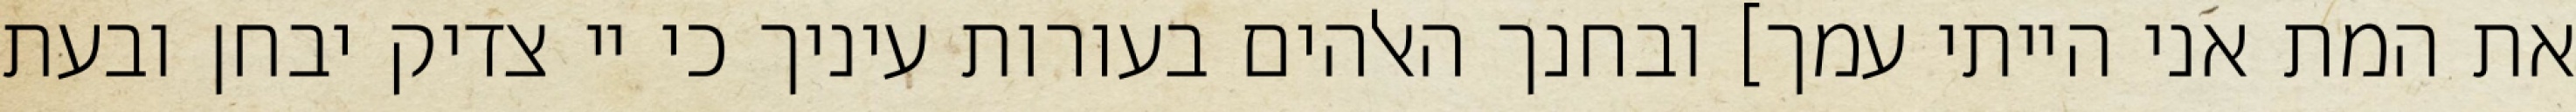
את המת אני הייתי עמך] ובחנך האלהים בעורות עיניך כי יי צדיק יבחן ובעת